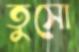
তুসো